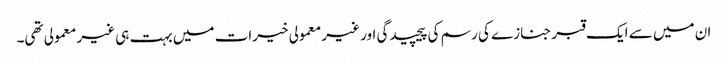
ان میں سے ایک قبر جنازے کی رسم کی پیچیدگی اور غیر معمولی خیرات میں بہت ہی غیر معمولی تھی۔